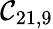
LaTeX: \mathcal{C}_{21,9}